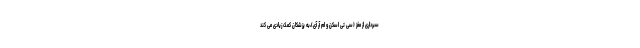
سبرداری از مغز (سی تی اسکن و ام آر آی)،به پزشکان کمک زیادی می کند